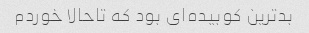
بدترین کوبیده‌ای بود که تاحالا خوردم